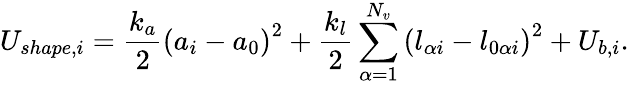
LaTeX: U_{shape,i}=\frac{k_{a}}{2}\left(a_{i}-a_{0}\right)^{2}+\frac{k_{l}}{2}\sum_{\alpha=1}^{N_{v}}\left(l_{\alpha i}-l_{0\alpha i}\right)^{2}+U_{b,i}.